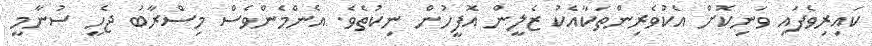
ކައިރިވެފައި ވަނިކޮށް އެކުވެރިންތަކާއެކު ޒެލީން އޮފީހުން ނިކުތެވެ. އެންމެންވެސް މިސްރާބު ޖެހީ ސުނާމީ